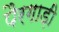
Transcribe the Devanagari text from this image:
पैरगाड़ी